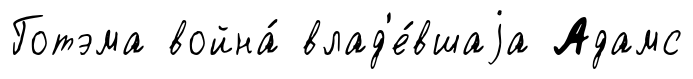
Готэма война́ влад'е́вшаjа Адамс